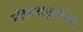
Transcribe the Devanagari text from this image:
इतिहासपुराणांचा